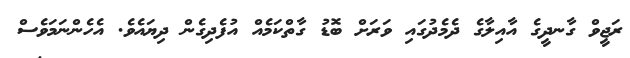
ރަޖީވް ގާނދީގެ އާއިލާގެ ދެމެދުގައި ވަރަށް ބޮޑު ގާތްކަމެއް އުފެދިގެން ދިޔައެވެ. އެހެންނަމަވެސް